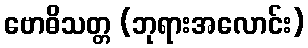
ဗောဓိသတ္တ (ဘုရားအလောင်း)